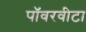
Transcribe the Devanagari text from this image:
पॉवरवीटा